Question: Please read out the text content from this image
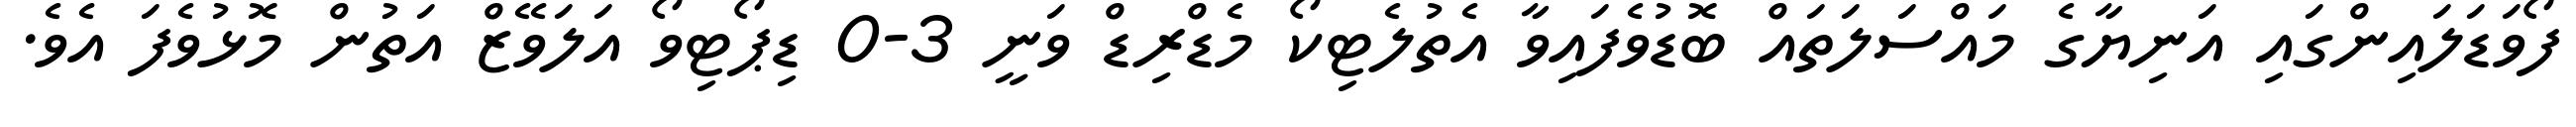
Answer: ފޯވަޑަލައިންގައި އަނިޔާގެ މައްސަލަތައް ބޮޑުވެފައިވާ އެތުލެޓިކޯ މެޑްރިޑް ވަނީ 3-0 ޑިޕޯޓިވޯ އަލަވޭޒް އަތުން މޮޅުވެފަ އެވެ.